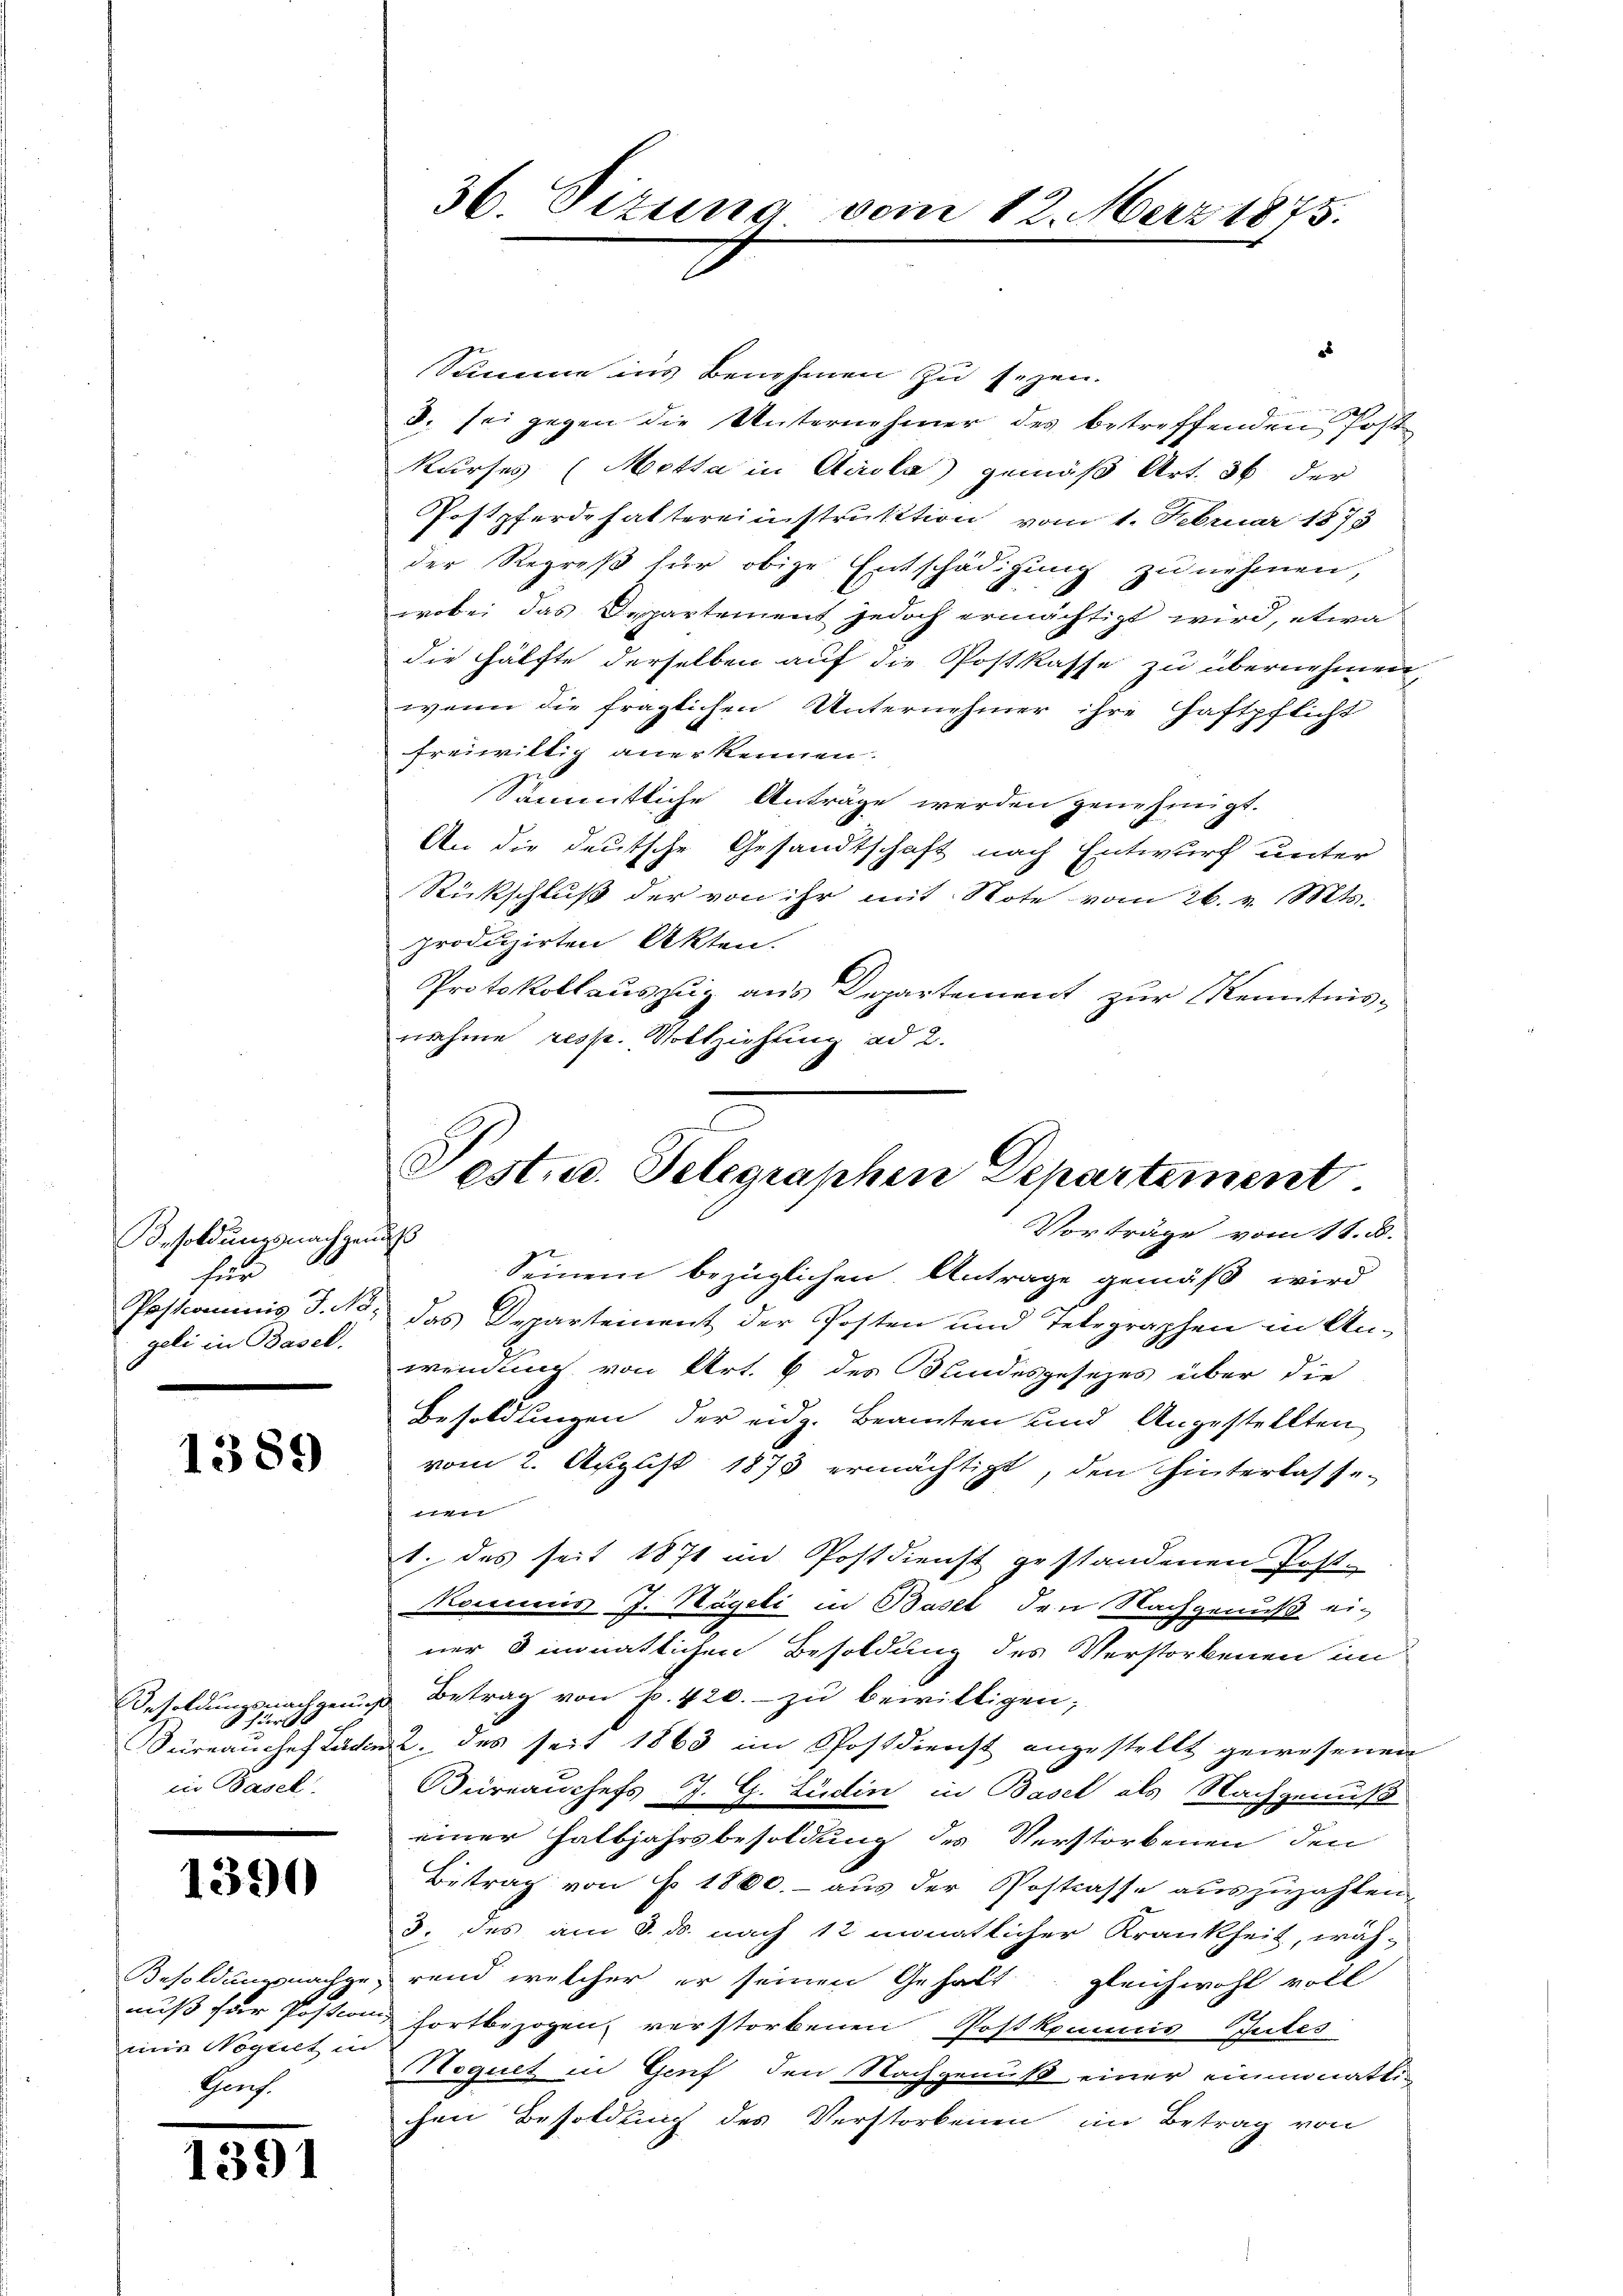
Besoldungsnachgenuß
hun
geli in Basel.
e

1389

Besoldungsnachgenug
ur
Bureau chef Ladi
in Basel

1390

Besoldungsnachge
muß für Postion
mie Nogliet in
Grf.

1391

28
Summe ins Benehmen zu sezen.
8. sei gegen die Unternehmer des betreffenden Post¬
Kurses (Motta in Airola gemäß Art. 36 der
Postpferdehaltereinstruktion vom 1. Februar 1873
der Regreß für obige Entschädigung zu nehmen,
wobei das Departement jedoch ermächtigt wird, etwa
die Hälfte derselben auf die Postkasse zu übernehmen,
wenn die fraglichen Unternehmer ihre Haftpflicht
freiwillig anerkennen.
Sämmtliche Anträge werden genehmigt.
An die deutsche Gesandtschaft nach Entwurf unter
Rückschluß der von ihr mit Note vom 26. v. Mts.
produzirten Akten.
Protokollauszug aus Departement zur Kenntnisnahme resp. Vollziehung ad 2.
2

36. Dizung vom 12. März 1875.

Seinem bezüglichen Antrage gemäß wird
Postcommis J. No. das Departement der Posten und Telegraphen in An-
wendung von Art. 6 des Bundesgesezes über die
Besoldungen der eidg. Beamten und Angestellten
vom 2. August 1875 ermächtigt, den hinterlasse-
beshebung
1. des seit 1871 im Postdienst gestandenen Post-
Konens J. Nägeli in Bast, den Nachgenuß einer 3 monatlichen Besoldung des Verstorbenen im
u Betrag von p. 420.- zu bewilligen;
ut. des seit 1863 im Postdienst angestellt gewesenen
Büreauchefs J. G. Lüdin in Basel als Nachgenuß
einer Halbjahrsbesoldung des Verstorbenen den
Betrag von § 1800.- aus der Postrasse auszuzahlen,
J. des am 3. ds. nach 12 monatlicher Krankheit, wäh-
rend welcher er seinen Gehalt gleichwohl voll
& fortbezogen, verstorbenen Postkamuis Gutes
Noquet in Genf den Nachgenuß einer einmonatlichen Besoldung des Verstorbenen im Betrag von

estue. Telegraphen Departement.
Vorträge vom 11. d.